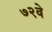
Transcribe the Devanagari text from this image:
७२वे